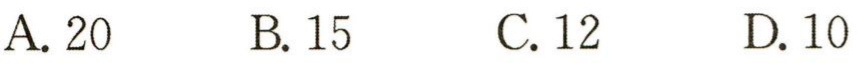
A. 20  B. 15  C. 12  D. 10